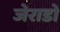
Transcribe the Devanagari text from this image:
जेराडो